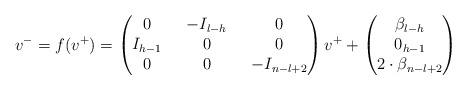
LaTeX: \begin{align*}v^- = f(v^+)= \begin{pmatrix}0\ & \ -I_{l-h}\ &\ 0 \\I_{h-1}\ &\ 0\ & \ 0 \\0\ &\ 0 \ &\ -I_{n-l+2}\end{pmatrix}v^+ +\begin{pmatrix}\beta_{l-h}\\0_{h-1}\\2\cdot\beta_{n-l+2}\end{pmatrix}\end{align*}